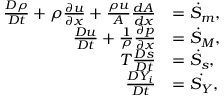
\begin{array} { r l } { \frac { D \rho } { D t } + \rho \frac { \partial u } { \partial x } + \frac { \rho u } { A } \frac { d A } { d x } } & { = { \Dot { S } _ { m } } , } \\ { \frac { D u } { D t } + \frac { 1 } { \rho } \frac { \partial p } { \partial x } } & { = { \Dot { S } _ { M } } , } \\ { T \frac { D s } { D t } } & { = { \Dot { S } _ { s } } , } \\ { \frac { D Y _ { i } } { D t } } & { = \Dot { S _ { Y } } , } \end{array}